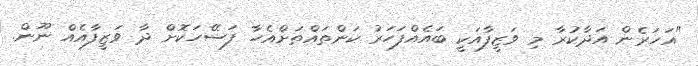
"އަހަރެން އަދާކުރާ މި ވަޒީފާއަކީ ބައެއްފަހަރު ކަންތައްތަށްއެހާ ފަސޭހަކޮށް ދާ ވަޒީފާއެއް ނޫން.